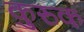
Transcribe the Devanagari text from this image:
कुरुक